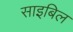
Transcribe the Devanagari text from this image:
साइबिल